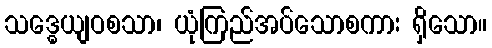
သဒ္ဓေယျဝစသာ၊ ယုံကြည်အပ်သောစကား ရှိသော။